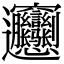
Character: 𰻝